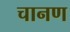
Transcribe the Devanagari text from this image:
चानण